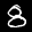
Label: 8